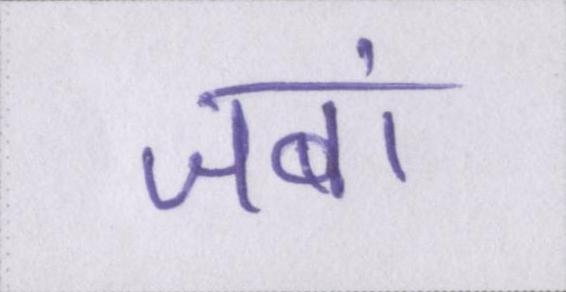
जबां